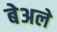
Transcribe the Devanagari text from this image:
बेअले